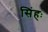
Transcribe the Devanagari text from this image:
सिंहः